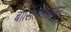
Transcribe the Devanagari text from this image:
बार्सिलोनापासून